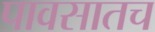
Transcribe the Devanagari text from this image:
पावसातच